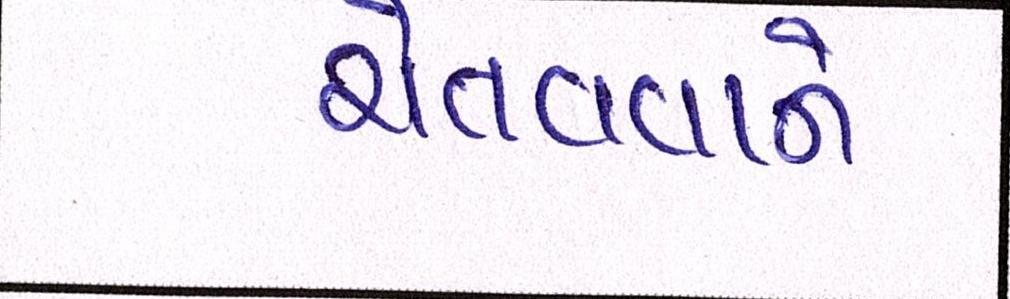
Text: ચેતવવાને